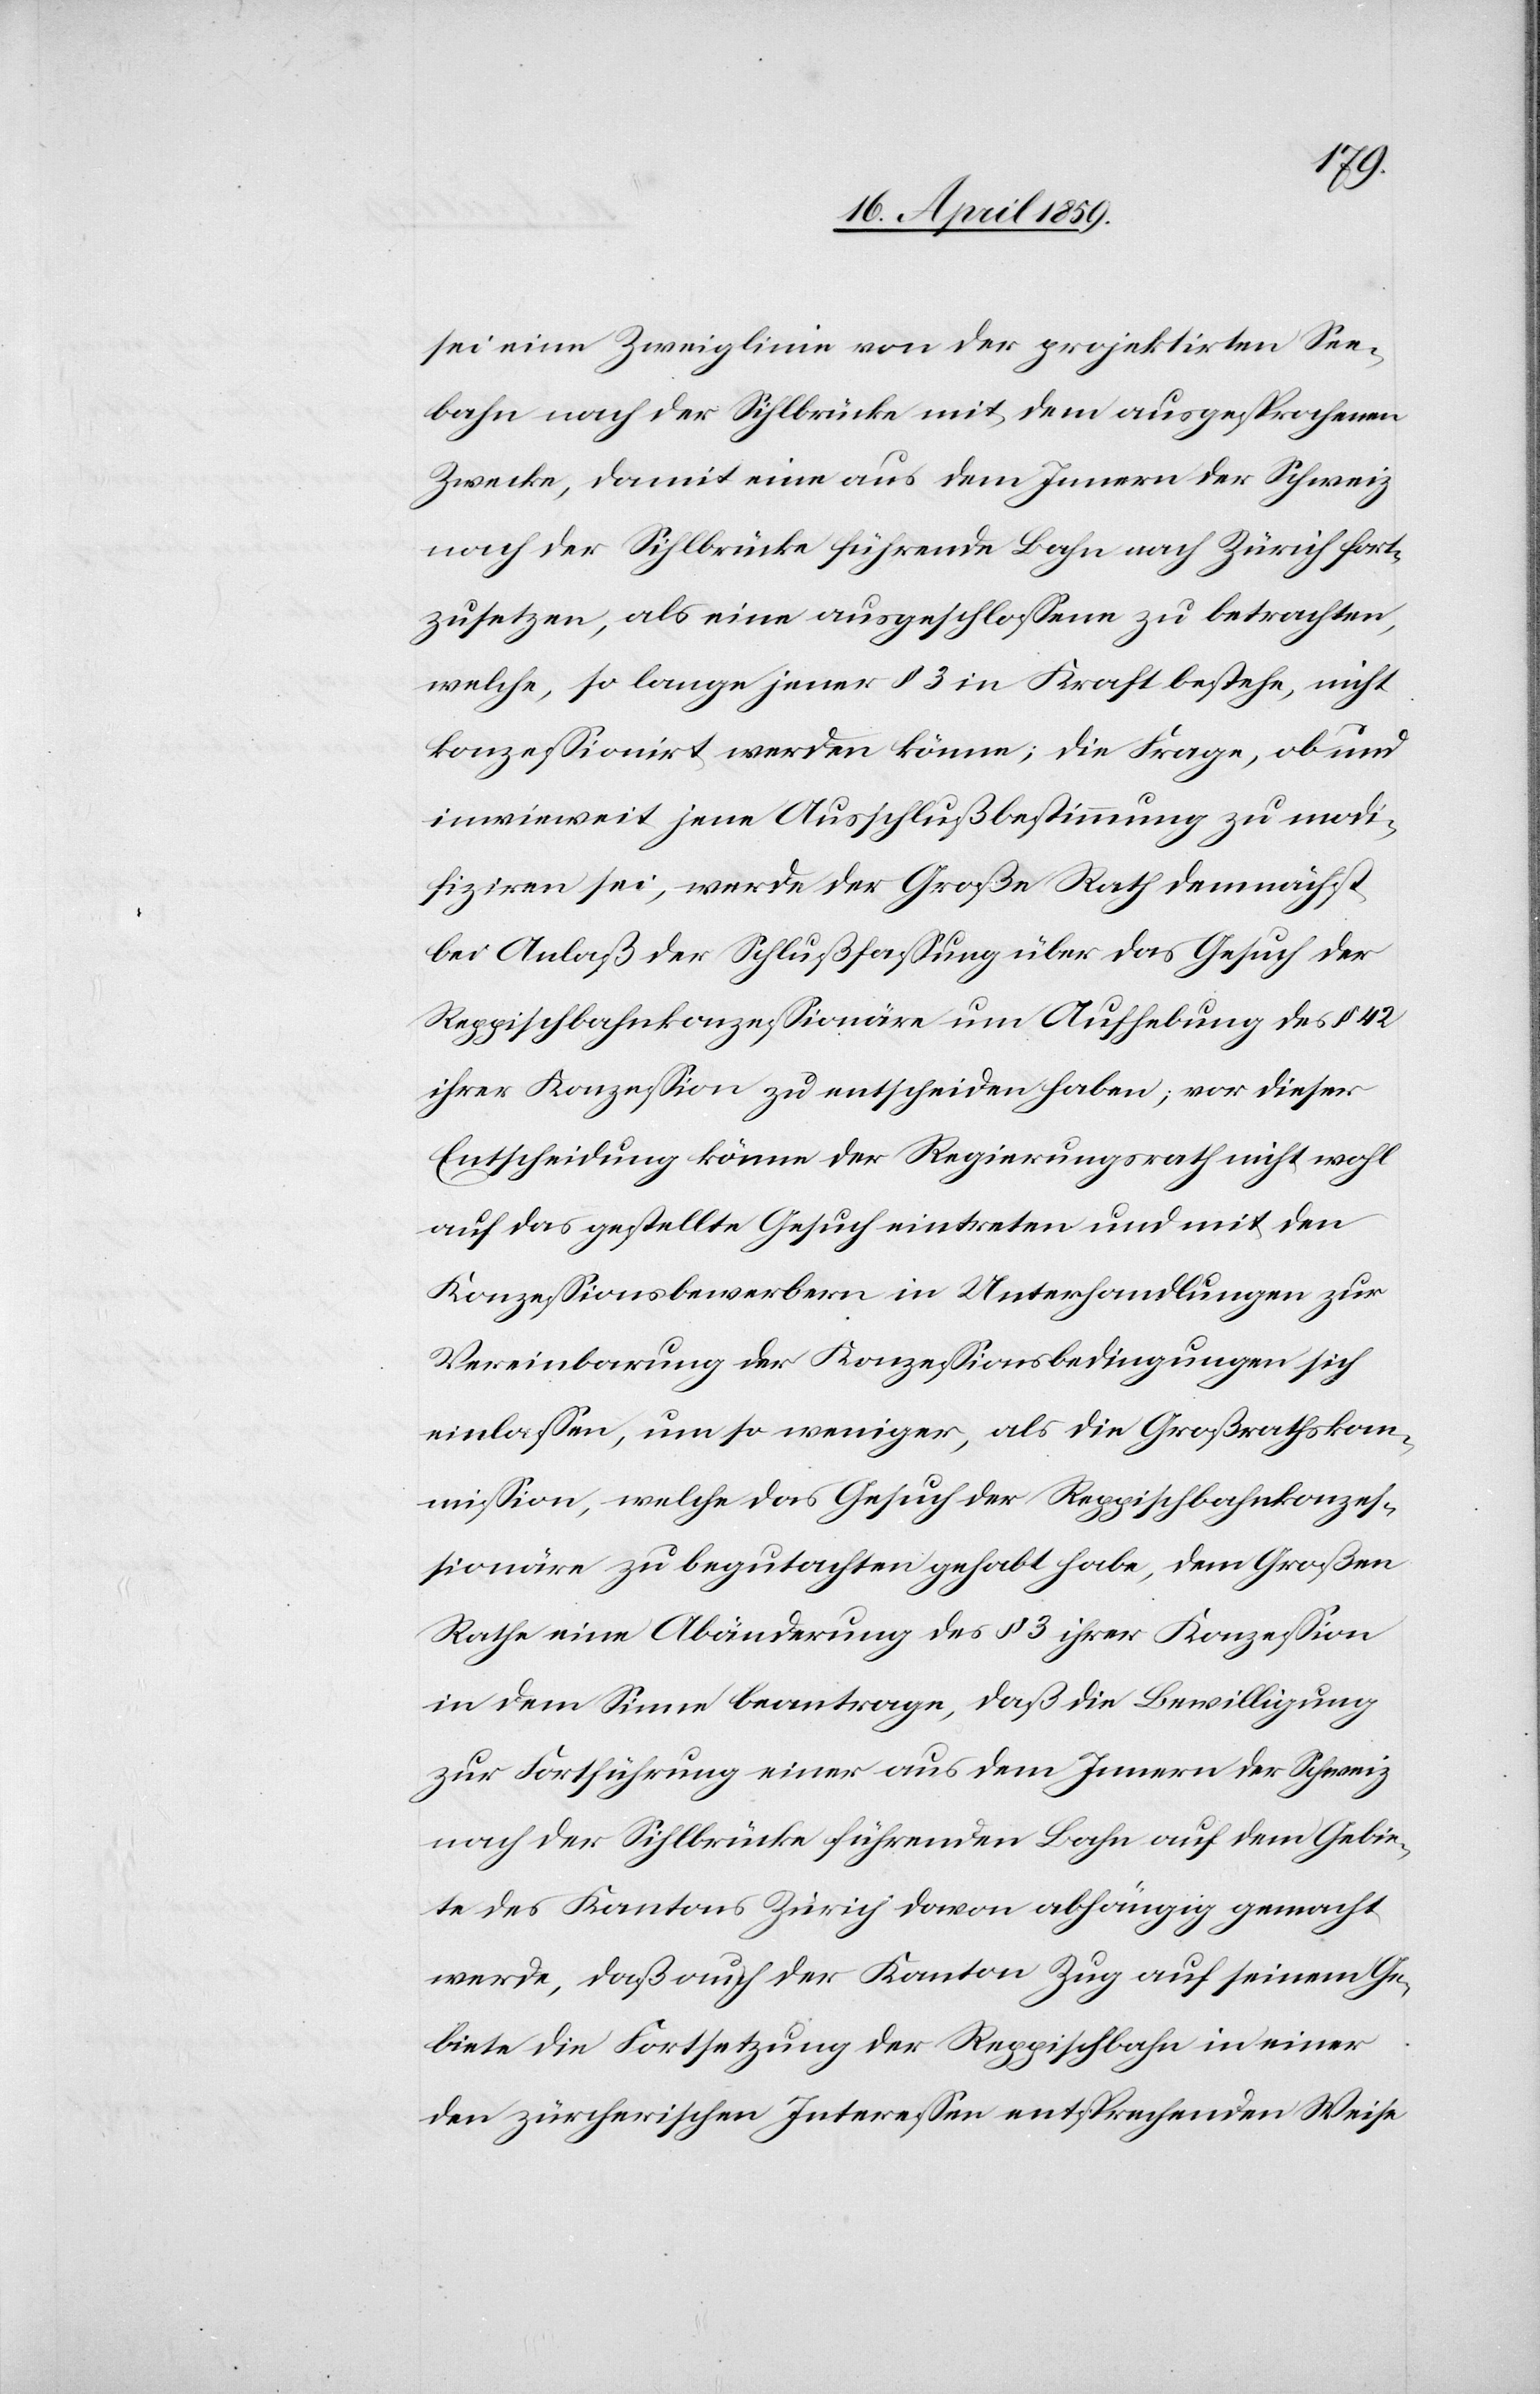
sei eine Zweiglinie von der projektirten See¬
bahn nach der Sihlbrücke mit dem ausgesprochenen
Zwecke, damit eine aus dem Innern der Schweiz
nach der Sihlbrücke führende Bahn nach Zürich fort¬
zusetzen, als eine ausgeschloßene zu betrachten,
welche, so lange jener § 3 in Kraft bestehe, nicht
konzeßionirt werden könne; die Frage, ob und
inwieweit jene Ausschlußbestimmung zu modi¬
fiziren sei, werde der Große Rath demnächst
bei Anlaß der Schlußfaßung über das Gesuch der
Reppischbahnkonzeßionäre um Aufhebung des § 42
ihrer Konzeßion zu entscheiden haben; vor dieser
Entscheidung könne der Regierungsrath nicht wohl
auf das gestellte Gesuch eintreten und mit den
Konzeßionsbewerbern in Unterhandlungen zur
Vereinbarung der Konzeßionsbedingungen sich
einlaßen, um so weniger, als die Großrathskom¬
mißion, welche das Gesuch der Reppischbahnkonze¬
ßionäre zu begutachten gehabt habe, dem Großen
Rathe eine Abänderung des § 3 ihrer Konzeßion
in dem Sinne beantrage, daß die Bewilligung
zur Fortführung einer aus dem Innern der Schweiz
nach der Sihlbrücke führenden Bahn auf dem Gebie¬
te des Kantons Zürich davon abhängig gemacht
werde, daß auch der Kanton Zug auf seinem Ge¬
biete die Fortsetzung der Reppischbahn in einer
den zürcherischen Intereßen entsprechenden Weise